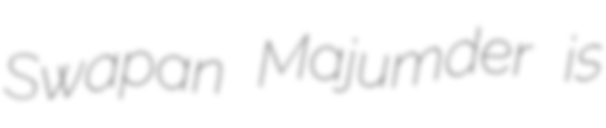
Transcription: Swapan Majumder is